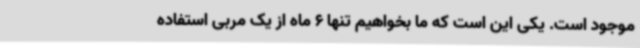
موجود است. یکی این است که ما بخواهیم تنها 6 ماه از یک مربی استفاده